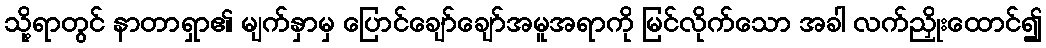
သို့ရာတွင် နာတာရှာ၏ မျက်နှာမှ ပြောင်ချော်ချော်အမူအရာကို မြင်လိုက်သော အခါ လက်ညှိုးထောင်၍